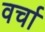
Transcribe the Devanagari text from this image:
वर्चा